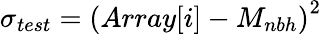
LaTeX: \sigma_{test}=\left(Array[i]-M_{nbh}\right)^{2}